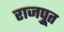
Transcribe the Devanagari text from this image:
राजपूुत